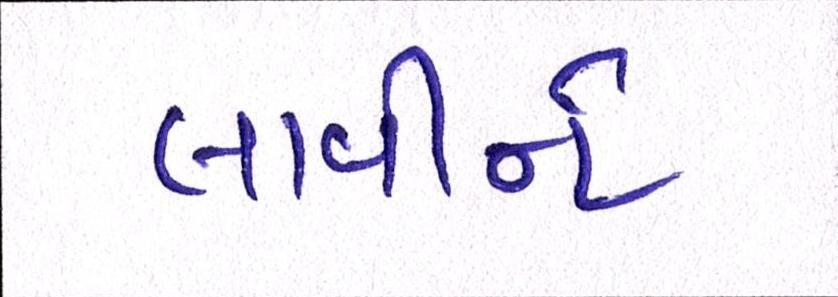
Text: લાવીને